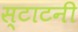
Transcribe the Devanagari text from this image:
स्टाटनी